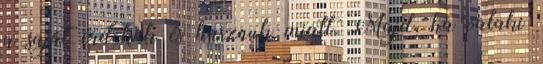
a saját érdekük és hasznuk miatt. Majd, ha valaki